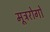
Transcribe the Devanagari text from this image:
मूत्ररोगो